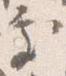
処